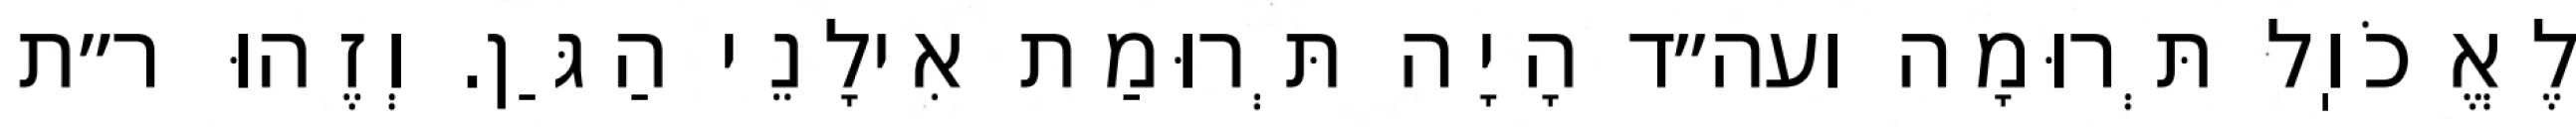
לֶאֱכֹוֽל תְּרוּמָה ועה״ד הָיָה תְּרוּמַת אִילָנֵי הַגַּן. וְזֶהוּ ר״ת